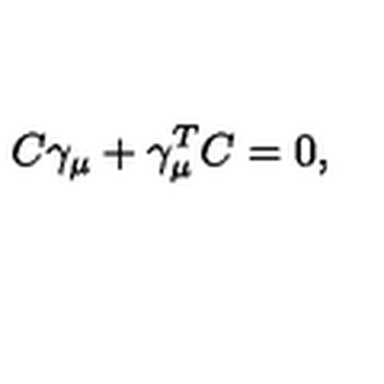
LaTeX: C \gamma _ { \mu } + \gamma _ { \mu } ^ { T } C = 0 ,